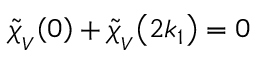
\mathinner { \tilde { \chi } _ { _ V } \mathopen { \left( 0 \right) } } + \mathinner { \tilde { \chi } _ { _ V } \mathopen { \left( 2 k _ { 1 } \right) } } = 0